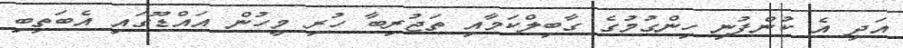
އަދި އެ ކުންފުނި ހިންގުމުގެ ގާބިލްކަމާއި ތަޖުރިބާ ހުރި މީހުން އައްޑޫގައި އެބަތިބި